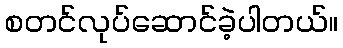
စတင်လုပ်ဆောင်ခဲ့ပါတယ်။